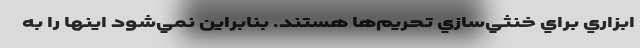
ابزاري براي خنثي‌سازي تحريم‌ها هستند. بنابراين نمي‌شود اينها را به